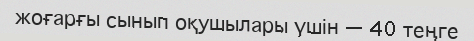
жоғарғы сынып оқушылары үшін — 40 теңге